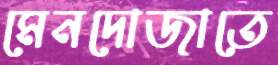
মেনদোজাতে